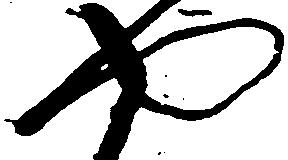
や